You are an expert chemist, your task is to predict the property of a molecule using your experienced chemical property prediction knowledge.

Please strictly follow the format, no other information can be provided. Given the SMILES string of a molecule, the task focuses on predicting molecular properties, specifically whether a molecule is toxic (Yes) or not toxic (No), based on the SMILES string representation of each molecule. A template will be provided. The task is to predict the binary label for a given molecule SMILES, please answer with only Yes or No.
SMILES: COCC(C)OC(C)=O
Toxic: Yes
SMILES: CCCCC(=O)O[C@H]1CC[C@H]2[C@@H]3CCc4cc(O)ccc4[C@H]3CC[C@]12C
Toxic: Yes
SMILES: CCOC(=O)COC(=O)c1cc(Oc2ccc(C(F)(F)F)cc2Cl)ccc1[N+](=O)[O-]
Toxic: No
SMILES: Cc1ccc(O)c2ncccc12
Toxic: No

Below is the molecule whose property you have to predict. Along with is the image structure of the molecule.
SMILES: O=C(O[C@@H]1Cc2c(O)cc(O)cc2O[C@@H]1c1cc(O)c(O)c(O)c1)c1cc(O)c(O)c(O)c1
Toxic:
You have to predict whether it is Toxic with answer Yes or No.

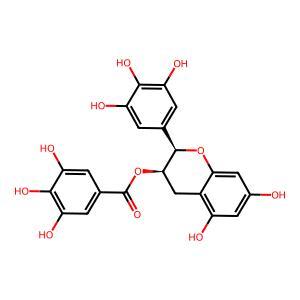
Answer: Yes